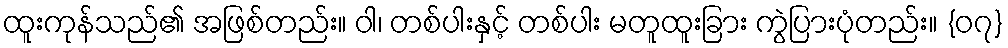
ထူးကုန်သည်၏ အဖြစ်တည်း။ ဝါ၊ တစ်ပါးနှင့် တစ်ပါး မတူထူးခြား ကွဲပြားပုံတည်း။ {၀၇}